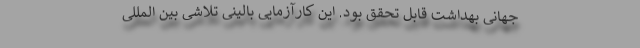
جهانی بهداشت قابل تحقق بود. این کارآزمایی بالینی تلاشی بین المللی